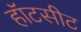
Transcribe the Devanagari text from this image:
हॉटसीट